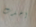
اخذت